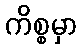
ကိစ္စမှာ